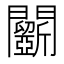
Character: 𨷵